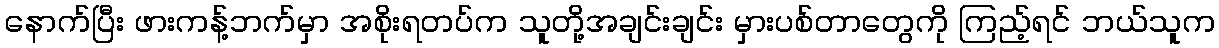
နောက်ပြီး ဖားကန့်ဘက်မှာ အစိုးရတပ်က သူတို့အချင်းချင်း မှားပစ်တာတွေကို ကြည့်ရင် ဘယ်သူက